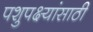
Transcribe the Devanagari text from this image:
पशुपक्ष्यांसाठी